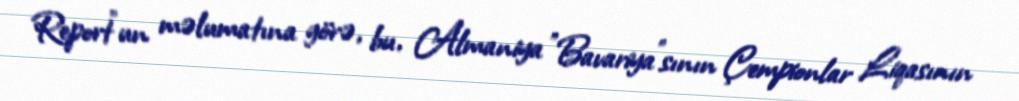
Report"un məlumatına görə, bu, Almaniya "Bavariya"sının Çempionlar Liqasının